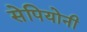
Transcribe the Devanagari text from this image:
सेपियोनी